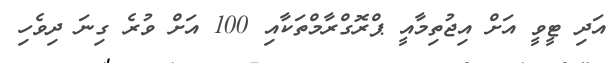
އަދި ޓީވީ އަށް އިޖުތިމާއީ ޕްރޮގްރާމްތަކާއި 100 އަށް ވުރެ ގިނަ ދިވެހި